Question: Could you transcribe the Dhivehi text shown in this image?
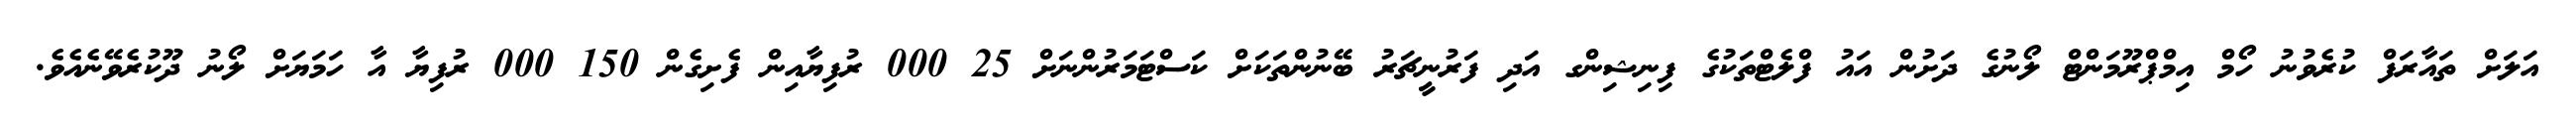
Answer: އަލަށް ތައާރަފް ކުރެވުނު ހޯމް އިމްޕްރޫމަންޓް ލޯނުގެ ދަށުން އައު ފްލެޓްތަކުގެ ފިނިޝިންގ އަދި ފަރުނީޗަރު ބޭނުންތަކަށް ކަސްޓަމަރުންނަށް 25 000 ރުފިޔާއިން ފެށިގެން 150 000 ރުފިޔާ އާ ހަމަޔަށް ލޯނު ދޫކުރެވޭނެއެވެ.